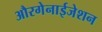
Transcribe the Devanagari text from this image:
औरगेनाईजेशन